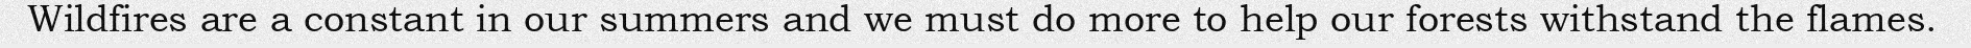
Wildfires are a constant in our summers and we must do more to help our forests withstand the flames.